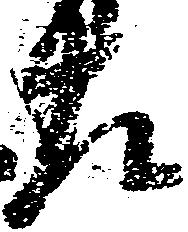
左